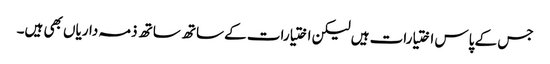
جس کے پاس اختیارات ہیں لیکن اختیارات کے ساتھ ساتھ ذمہ داریاں بھی ہیں۔